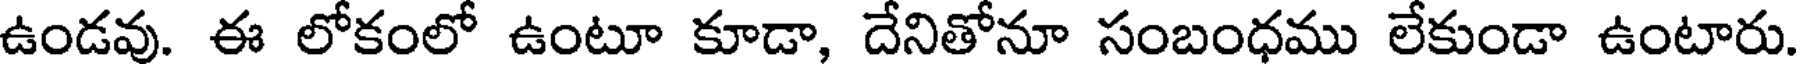
ఉండవు. ఈ లోకంలో ఉంటూ కూడా, దేనితోనూ సంబంధము లేకుండా ఉంటారు